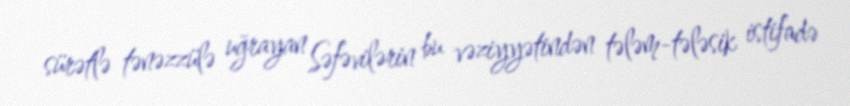
sürətlə tənəzzülə uğrayan Səfəvilərin bu vəziyyətindən tələm-tələsik istifadə